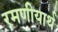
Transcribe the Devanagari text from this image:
रमणीयार्थ